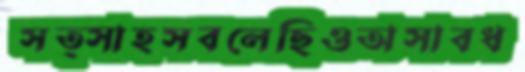
সত্সাহসবলেছিওঅসাবধ